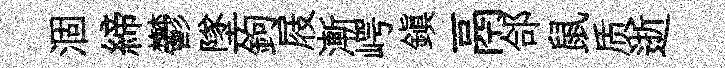
涸締鬱墜鉤屐漸崿鎮鬲郃鼠质逝